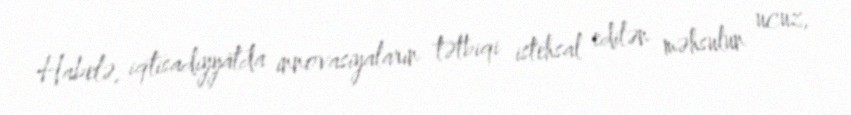
Habelə, iqtisadiyyatda innovasiyaların tətbiqi istehsal edilən məhsulun ucuz,